Indian journal of veterinary science and animal husbandry - Volumes 22-23, 1952-1953
Year: 1952
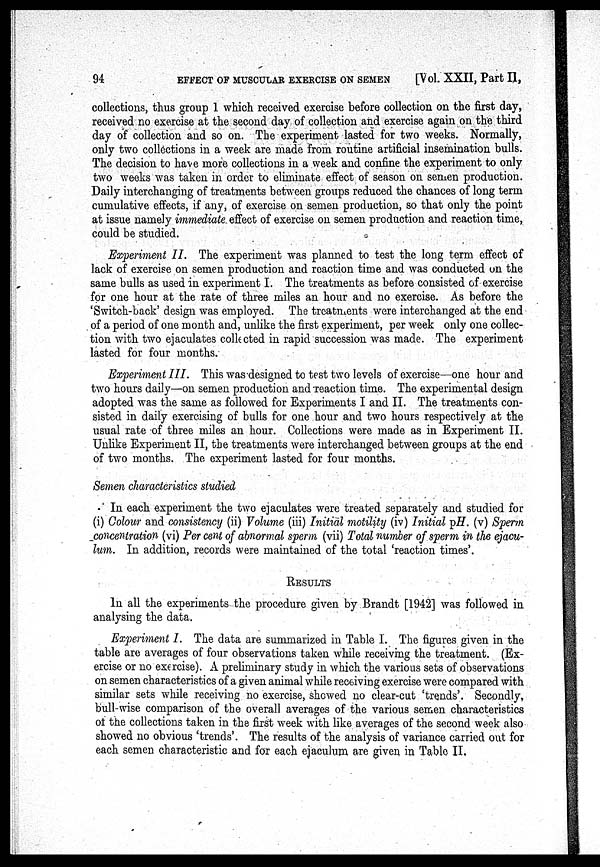
94
EFFECT OF MUSCULAR EXERCISE ON SEMEN
[Vol. XXII, Part II,
collections, thus group 1 which received exercise before collection on the first day,
received no exercise at the second day of collection and exercise again on the third
day of collection and so on. The experiment lasted for two weeks. Normally,
only two collections in a week are made from routine artificial insemination bulls.
The decision to have more collections in a week and confine the experiment to only
two weeks was taken in order to eliminate effect of season on semen production.
Daily interchanging of treatments between groups reduced the chances of long term
cumulative effects, if any, of exercise on semen production, so that only the point
at issue namely immediate effect of exercise on semen production and reaction time,
could be studied.
Experiment II. The experiment was planned to test the long term effect of
lack of exercise on semen production and reaction time and was conducted on the
same bulls as used in experiment I. The treatments as before consisted of exercise
for one hour at the rate of three miles an hour and no exercise. As before the
'Switch-back' design was employed. The treatments were interchanged at the end
of a period of one month and, unlike the first experiment, per week only one collec-
tion with two ejaculates collected in rapid succession was made. The experiment
lasted for four months.
Experiment III. This was designed to test two levels of exercise—one hour and
two hours daily—on semen production and reaction time. The experimental design
adopted was the same as followed for Experiments I and II. The treatments con-
sisted in daily exercising of bulls for one hour and two hours respectively at the
usual rate of three miles an hour. Collections were made as in Experiment II.
Unlike Experiment II, the treatments were interchanged between groups at the end
of two months. The experiment lasted for four months.
Semen characteristics studied
In each experiment the two ejaculates were treated separately and studied for
(i) Colour and consistency (ii) Volume (iii) Initial motility (iv) Initial pH. (v) Sperm
concentration (vi) Per cent of abnormal sperm (vii) Total number of sperm in the ejacu-
lum. In addition, records were maintained of the total 'reaction times'.
RESULTS
In all the experiments the procedure given by Brandt [1942] was followed in
analysing the data.
Experiment I. The data are summarized in Table I. The figures given in the
table are averages of four observations taken while receiving the treatment. (Ex-
ercise or no exercise). A preliminary study in which the various sets of observations
on semen characteristics of a given animal while receiving exercise were compared with
similar sets while receiving no exercise, showed no clear-cut 'trends'. Secondly,
bull-wise comparison of the overall averages of the various semen characteristics
of the collections taken in the first week with like averages of the second week also
showed no obvious 'trends'. The results of the analysis of variance carried out for
each semen characteristic and for each ejaculum are given in Table II.